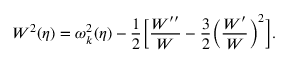
W ^ { 2 } ( \eta ) = \omega _ { k } ^ { 2 } ( \eta ) - \frac { 1 } { 2 } \biggl [ \frac { W ^ { \prime \prime } } { W } - \frac { 3 } { 2 } \biggl ( \frac { W ^ { \prime } } { W } \biggr ) ^ { 2 } \biggr ] .